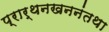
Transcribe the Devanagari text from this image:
प्रार्थनखननंतथा